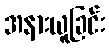
အနားယူခြင်း